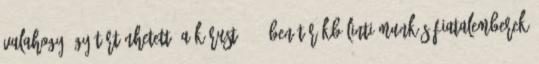
valahogy így történhetett. A kórust 1924-ben törökbálinti munkás fiatalemberek